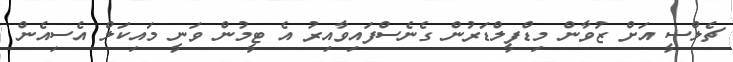
ޗެލްސީ އަށް ޒުވާން މިޑްފީލްޑަރުން ގެނެސްފައިވާއިރު އެ ޓީމުން ވަނީ މައިކަލް އެސިއެން